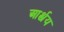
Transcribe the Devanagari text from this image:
आर्श्चय